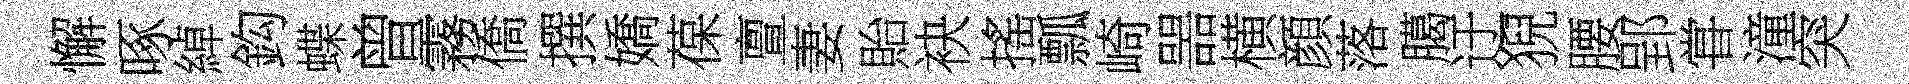
懈啄綽鈎蝶曾霧僑撰嬌葆亶妻貽袂搖瓢崎噐横顔落臈迂猊腰郢甞潼突